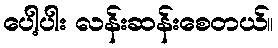
ပေါ့ပါး လန်းဆန်းစေတယ်။